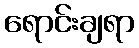
ရောင်းချရာ